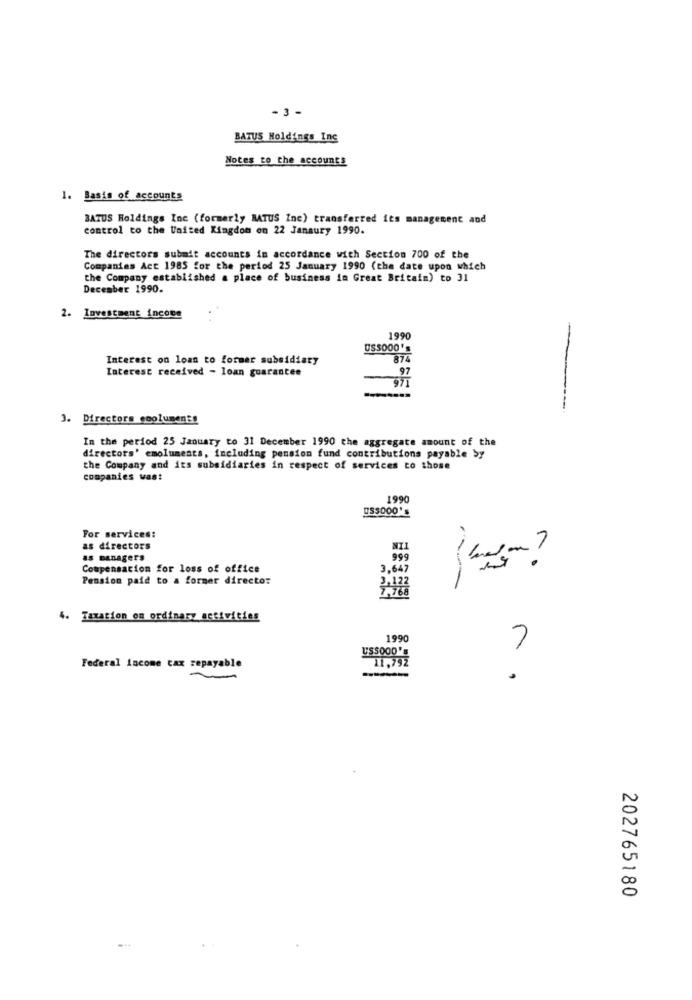
- 3 -
BATUS Holdings Inc
Notes to the accounts
1. Basis of accounts
BATUS Holdings Inc (formerly BATUS Inc) transferred its management and
control to the United Kingdom on 22 Janaury 1990.
The directors submit accounts in accordance with Section 700 of the
Companies Act 1985 for the period 25 January 1990 (the date upon which
the Company established a place of business in Great Britain) to 31
December 1990.
2. Investment income
1990
USS000's
Interest on loan to former subsidiary
874
Interest received - loan guarantee
97
3. Directors coolumen ?!
In the period 25 January to 31 December 1990 the aggregate amount of the
directors' emoluments, including pension fund contributions payable by
the Company and its subsidiaries in respect of services to those
companies was:
1990
US$000'
For services:
as directors
as managers
999
^ .
Compensation for loss of office
3,647
Pension paid to a former directo:
4. Taxation on ordinary activities
1990
7
Federal income tax repayable
-----
202765180